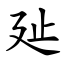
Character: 㢟